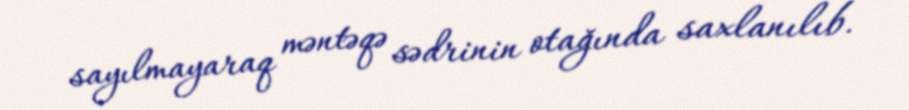
sayılmayaraq məntəqə sədrinin otağında saxlanılıb.